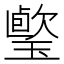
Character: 𤩤